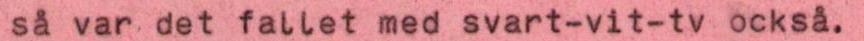
så var det fallet med svart-vit-tv också.